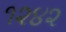
૧૨૪૨